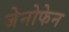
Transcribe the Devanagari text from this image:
जेनोफेन